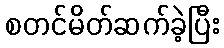
စတင်မိတ်ဆက်ခဲ့ပြီး